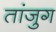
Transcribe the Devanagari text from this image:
तांजुग